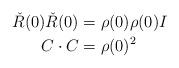
LaTeX: \begin{align*} \check{R}(0)\check{R}(0)&=\rho(0)\rho(0)I\\ C\cdot C&= \rho(0)^2\end{align*}